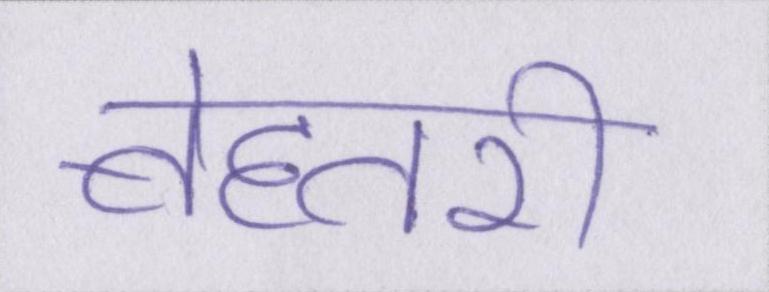
बेहतरी